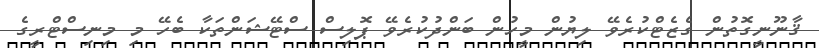
ޤާނޫނީގޮތުން ގެޒެޓްކުރެވޭ ލިޔުން މީހުން ބަންދުކުރެވޭ ޕޮލިސް ސްޓޭޝަންތަކާ ބެހޭ މި މިނިސްޓްރީގެ